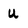
Character: U